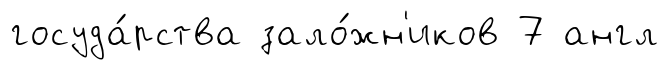
госуда́рства зало́жн'иков 7 англ